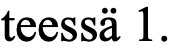
teessä 1.